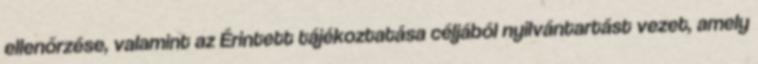
ellenőrzése, valamint az Érintett tájékoztatása céljából nyilvántartást vezet, amely